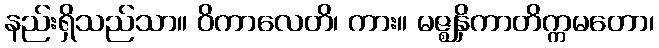
နည်းရှိသည်သာ။ ဝိကာလေတိ၊ ကား။ မဇ္ဈနှိကာတိက္ကမတော၊